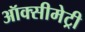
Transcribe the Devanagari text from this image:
ऑक्सीमेट्री